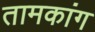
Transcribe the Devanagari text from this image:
तामकांग